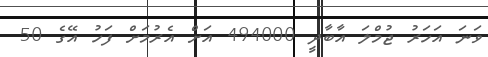
ވަނަ އަހަރު ޖުމްލަ އާބާދީ 494000 އަށް އެރުމަށް ފަހު އޭގެ 50